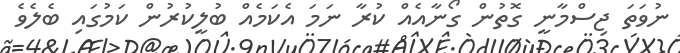
ނުވަތަ ޖިސްމާނީ ގޮތުން ގޯނާއެއް ކުރާ ނަމަ އެކަމެއް ބުލީކުރުން ކަމުގައި ބެލެވެ